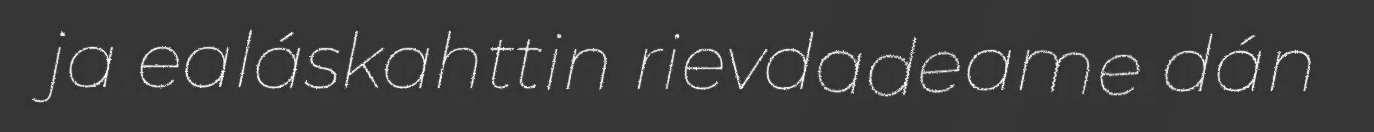
ja ealáskahttin rievdadeame dán